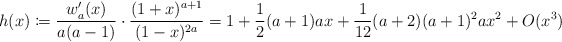
\begin{align*} h(x) \coloneqq \frac{w_a'(x) }{a(a-1)} \cdot \frac{(1+x)^{a+1}}{(1-x)^{2a}} = 1 + \frac{1}{2}(a + 1)ax + \frac{1}{12}(a + 2)(a + 1)^2ax^2 + O(x^3)\end{align*}